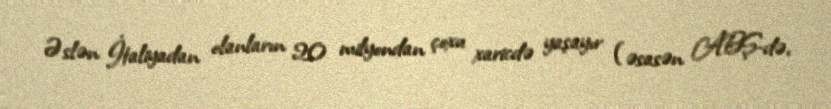
Əslən İtaliyadan olanların 20 milyondan çoxu xaricdə yaşayır (əsasən ABŞ-də,